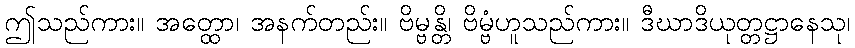
ဤသည်ကား။ အတ္ထော၊ အနက်တည်း။ ဗိမ္ဗန္တိ၊ ဗိမ္ဗံဟူသည်ကား။ ဒီဃာဒိယုတ္တဋ္ဌာနေသု၊